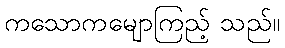
ကသောကမျောကြည့် သည်။